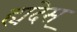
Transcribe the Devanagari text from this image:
ह्यदेस्